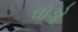
ઘોડોૢ